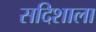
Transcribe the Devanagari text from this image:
सदिशाला